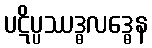
ပဋိပ္ပဿဒ္ဓလဒ္ဓေန